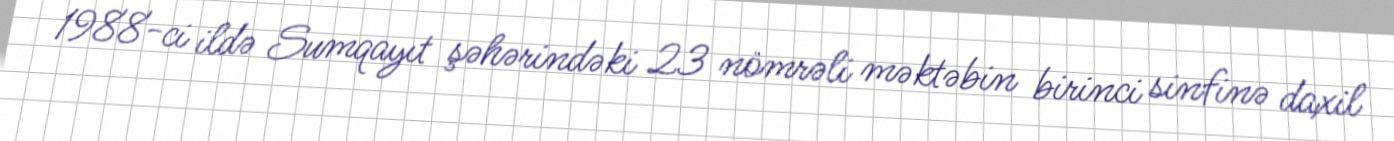
1988-ci ildə Sumqayıt şəhərindəki 23 nömrəli məktəbin birinci sinfinə daxil